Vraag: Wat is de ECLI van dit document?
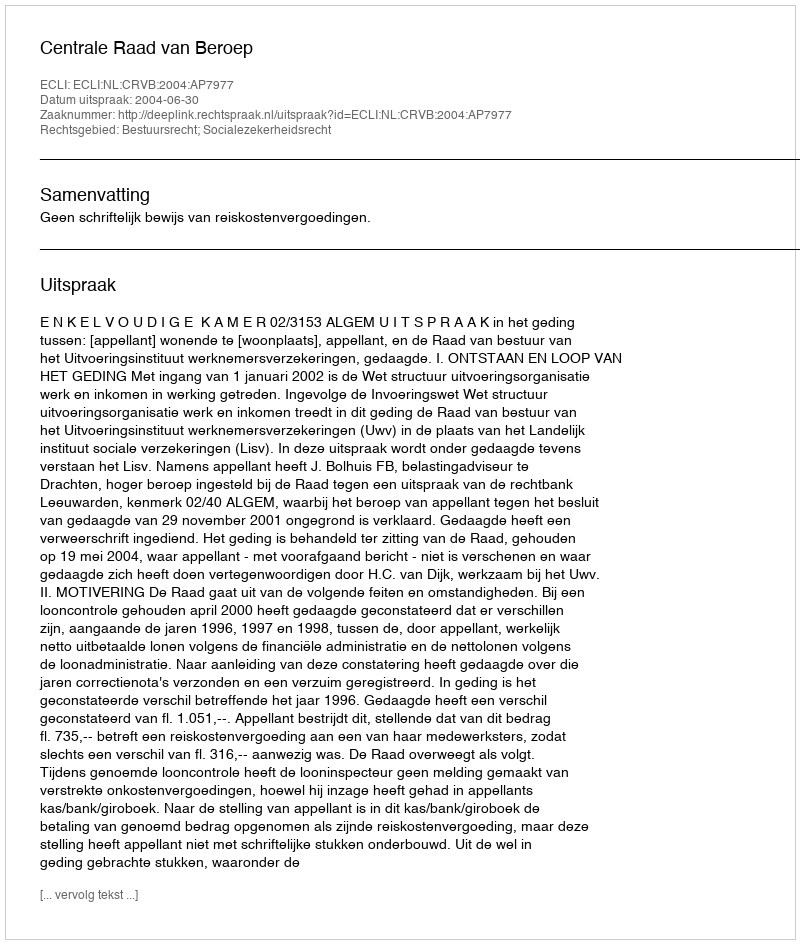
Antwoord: ECLI:NL:CRVB:2004:AP7977